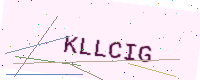
Text: KLLCIG